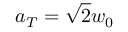
a _ { T } = \sqrt { 2 } w _ { 0 }